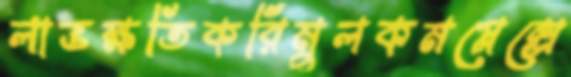
লাভক্ষতিকরিমুলকমপ্লেক্সে